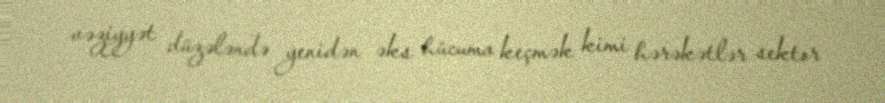
vəziyyət düzələndə yenidən əks hücuma keçmək kimi hərəkətlər sektor